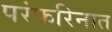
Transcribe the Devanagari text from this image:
परंफरिनात